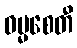
ဓမ္မစေတီ